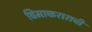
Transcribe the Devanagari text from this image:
विमाकराराची